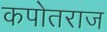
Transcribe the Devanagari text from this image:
कपोतराज